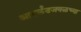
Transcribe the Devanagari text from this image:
आयर्लंडजवळच्या